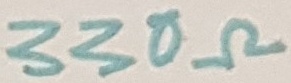
Text: 330Ω